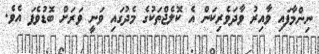
ނިންމާފައި ވާއިރު ވާދަވެރިކަން އެ ކޮލެޖްތަކުގެ މެދުގައި ވަނީ ވަރަށް ބޮޑުވެފަ އެވެ.